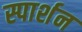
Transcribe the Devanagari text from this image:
स्पार्शन